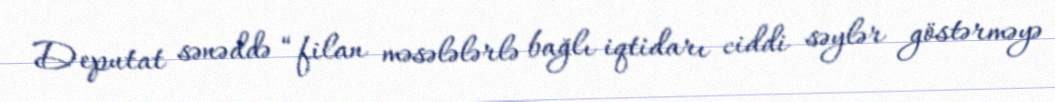
Deputat sənəddə “filan məsələlərlə bağlı iqtidarı ciddi səylər göstərməyə